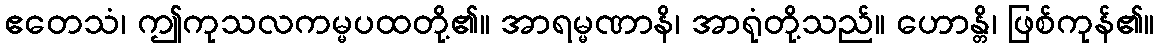
ဧတေသံ၊ ဤကုသလကမ္မပထတို့၏။ အာရမ္မဏာနိ၊ အာရုံတို့သည်။ ဟောန္တိ၊ ဖြစ်ကုန်၏။